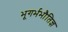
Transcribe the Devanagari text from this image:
भूगर्भभौतिज्ञ